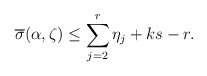
\begin{align*} \overline{\sigma}(\alpha,\zeta)\leq \sum_{j=2}^{r} \eta_{j}+ ks-r.\end{align*}